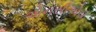
એનસીએસ